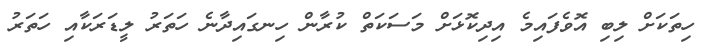
ހިތަކަށް ލިބި އޮވެފައިމެ އިދިކޮޅަށް މަސަކަތް ކުރާން ހިނގައިދާނެ ހަތަރު ލީޑަރަކާއި ހަތަރު